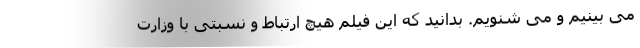
می بینیم و می شنویم. بدانید که این فیلم هیچ ارتباط و نسبتی با وزارت